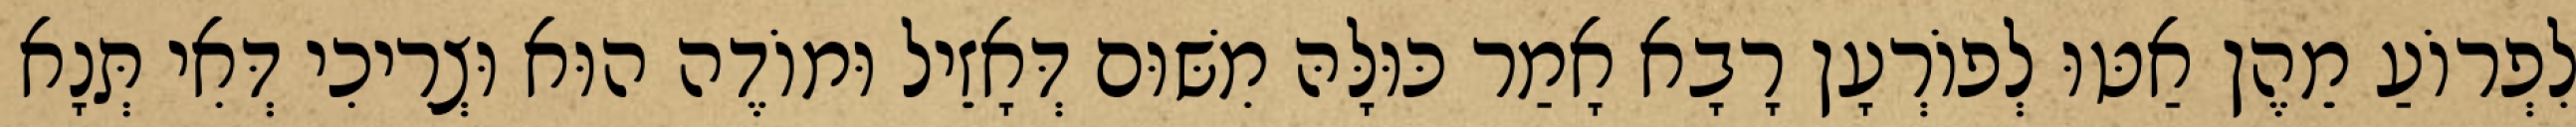
לִפְרוֹעַ מֵהֶן אַטּוּ לְפוֹרְעָן רָבָא אָמַר כּוּלָּהּ מִשּׁוּם דְּאָזֵיל וּמוֹדֶה הוּא וּצְרִיכִי דְּאִי תְּנָא